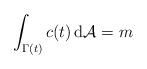
LaTeX: \begin{align*}\int_{\Gamma(t)} c(t) \, \mathrm{d}\mathcal{A} = m\end{align*}